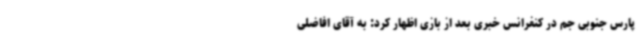
پارس جنوبی جم در کنفرانس خبری بعد از بازی اظهار کرد: به آقای افاضلی